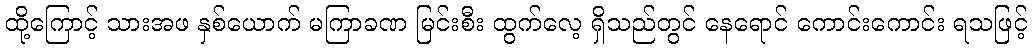
ထို့ကြောင့် သားအဖ နှစ်ယောက် မကြာခဏ မြင်းစီး ထွက်လေ့ ရှိသည်တွင် နေရောင် ကောင်းကောင်း ရသဖြင့်